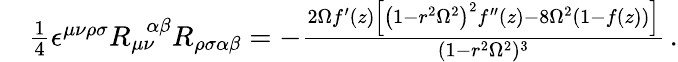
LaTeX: \begin{array}{rl}&{\frac{1}{4}\epsilon^{\mu\nu\rho\sigma}R_{\mu\nu}^{\ \ \ \alpha\beta}R_{\rho\sigma\alpha\beta}=-\frac{2\Omega f^{\prime}(z)\left[\left(1-r^{2}\Omega^{2}\right)^{2}f^{\prime\prime}(z)-8\Omega^{2}\left(1-f(z)\right)\right]}{(1-r^{2}\Omega^{2})^{3}}\, .}\end{array}